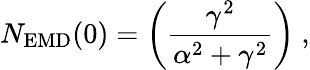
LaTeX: N_{\mathrm{EMD}}(0)=\left(\frac{\gamma^{2}}{\alpha^{2}+\gamma^{2}}\right)\ ,